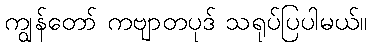
ကျွန်တော် ကဗျာတပုဒ် သရုပ်ပြပါမယ်။